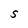
Character: S